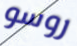
روسو